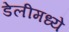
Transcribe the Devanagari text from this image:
डेलीमध्ये